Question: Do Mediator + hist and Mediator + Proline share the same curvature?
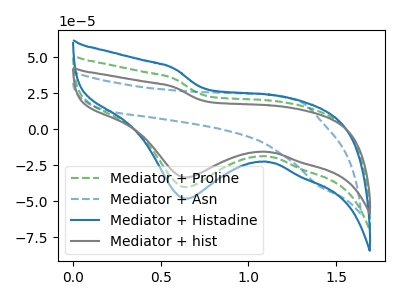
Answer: <think>The green dashed curve "Mediator + Proline" has a cathodic peak at: (0.65V, -40.10uA). The blue dashed curve "Mediator + Asn" has no peaks. The blue curve "Mediator + Histadine" has a cathodic peak at: (0.65V, -80.20uA). The gray curve "Mediator + hist" has a cathodic peak at: (0.65V, -33.40uA).
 All the peaks in "Mediator + hist" have a peak in "Mediator + Proline" at the same potential. Every peak in "Mediator + hist" is lower than every peak in "Mediator + Proline".</think>
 <answer>"Mediator + hist" and "Mediator + Proline" are similar in shape.</answer>
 <eval>same_shape</eval>